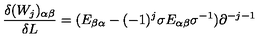
\frac { \delta ( W _ { j } ) _ { \alpha \beta } } { \delta L } = ( E _ { \beta \alpha } - ( - 1 ) ^ { j } \sigma E _ { \alpha \beta } \sigma ^ { - 1 } ) \partial ^ { - j - 1 }